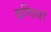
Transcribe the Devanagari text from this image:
बग्घियां